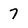
Character: 7